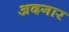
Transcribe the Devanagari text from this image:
अदगार